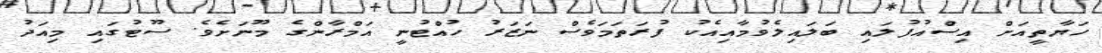
ހަޔާތީއަށް އިސްއުފުލައި ބަލައިލެވުމާއިއެކު ފުރަތަމަވެސް ނަޒަރު ހުއްޓުނީ އަމްރާންގެ މޫނަށެވެ. ސޫޓުގައި މިއަދު